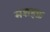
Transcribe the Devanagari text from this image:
मशहफ़